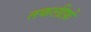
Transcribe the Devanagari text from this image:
तकलीफ़ें